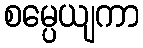
စမ္ပေယျကာ